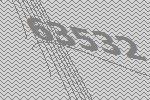
63532